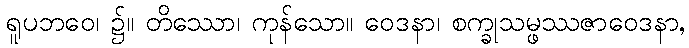
ရူပဘဝေ၊ ၌။ တိဿော၊ ကုန်သော။ ဝေဒနာ၊ စက္ခုသမ္ဖဿဇာဝေဒနာ,